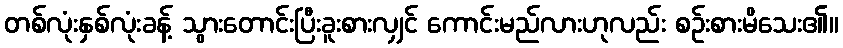
တစ်လုံးနှစ်လုံးခန့် သွားတောင်းပြီးခူးစားလျှင် ကောင်းမည်လားဟုလည်း စဉ်းစားမိသေး၏။